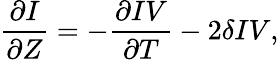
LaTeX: \frac{\partial I}{\partial Z}=-\frac{\partial IV}{\partial T}-2\delta IV,